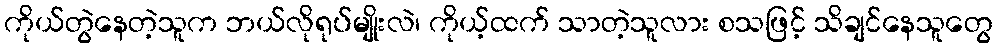
ကိုယ်တွဲနေတဲ့သူက ဘယ်လိုရုပ်မျိုးလဲ၊ ကိုယ့်ထက် သာတဲ့သူလား စသဖြင့် သိချင်နေသူတွေ